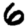
Digit: 6